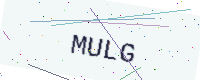
Text: MULG